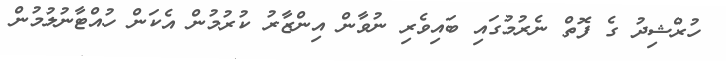
ހުރްޝިދު ގެ ފޮތް ނެރުމުގައި ބައިވެރި ނުވާން އިންޒާރު ކުރުމުން އެކަން ހުއްޓާނުލުމުން